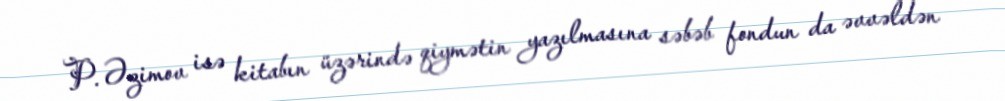
P. Əzimov isə kitabın üzərində qiymətin yazılmasına səbəb fondun da əvvəldən